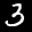
Label: 3